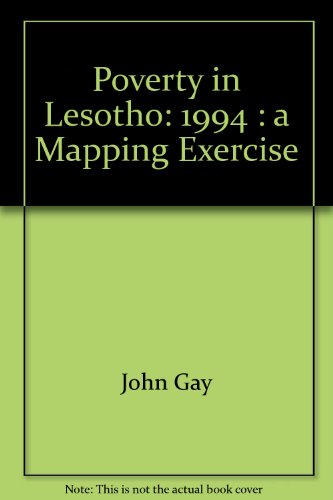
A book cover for Poverty in Lesotho, 1994: A mapping exercise; John Gay; Travel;